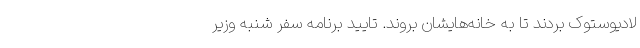
لادیوستوک بردند تا به خانه‌هایشان بروند. تایید برنامه سفر شنبه وزیر